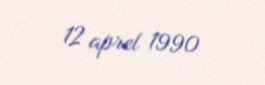
12 aprel 1990